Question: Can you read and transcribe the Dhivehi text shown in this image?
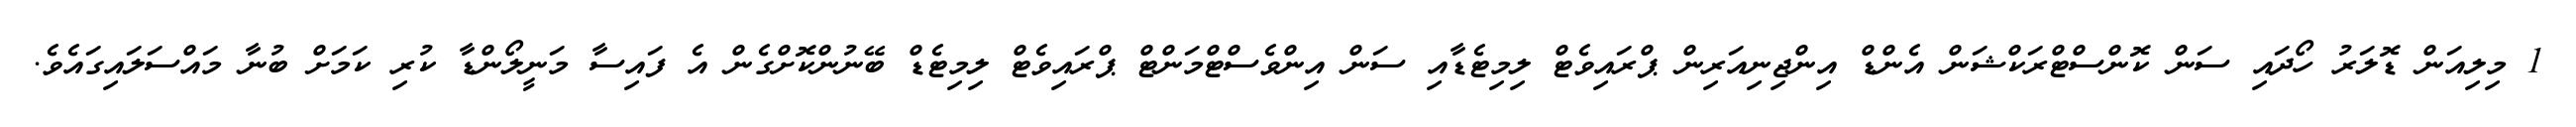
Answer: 1 މިލިއަން ޑޮލަރު ހޯދައި ސަން ކޮންސްޓްރަކްޝަން އެންޑް އިންޖިނިއަރިން ޕްރައިވެޓް ލިމިޓެޑާއި ސަން އިންވެސްޓްމަންޓް ޕްރައިވެޓް ލިމިޓެޑް ބޭނުންކޮށްގެން އެ ފައިސާ މަނީލޯންޑާ ކުރި ކަމަށް ބުނާ މައްސަލައިގައެވެ.